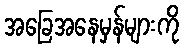
အခြေအနေမှန်များကို